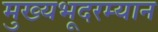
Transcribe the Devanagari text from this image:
मुख्यभूदरम्यान